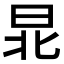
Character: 𣌫